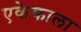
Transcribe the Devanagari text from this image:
एकेकाला